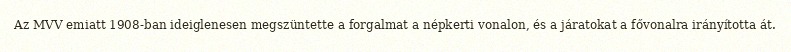
Az MVV emiatt 1908-ban ideiglenesen megszüntette a forgalmat a népkerti vonalon, és a járatokat a fővonalra irányította át.